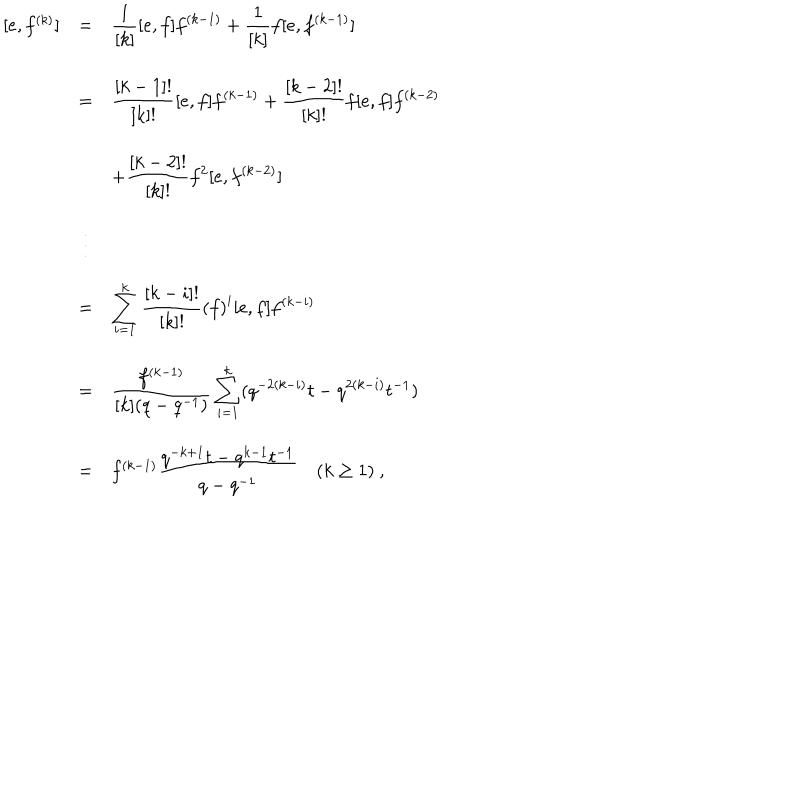
LaTeX: \begin{array} { r c l } { { [ e , f ^ { ( k ) } ] } } & { { = } } & { { \displaystyle \frac { 1 } { [ k ] } [ e , f ] f ^ { ( k - 1 ) } + \frac { 1 } { [ k ] } f [ e , f ^ { ( k - 1 ) } ] } } \\ { { } } & { { = } } & { { \displaystyle \frac { [ k - 1 ] ! } { [ k ] ! } [ e , f ] f ^ { ( k - 1 ) } + \frac { [ k - 2 ] ! } { [ k ] ! } f [ e , f ] f ^ { ( k - 2 ) } } } \\ { { } } & { { } } & { { \displaystyle + \frac { [ k - 2 ] ! } { [ k ] ! } f ^ { 2 } [ e , f ^ { ( k - 2 ) } ] } } \\ { { } } & { { \vdots } } & { { } } \\ { { } } & { { = } } & { { \displaystyle \sum _ { i = 1 } ^ { k } \frac { [ k - i ] ! } { [ k ] ! } \left( f \right) ^ { i } [ e , f ] f ^ { ( k - i ) } } } \\ { { } } & { { = } } & { { \displaystyle \frac { f ^ { ( k - 1 ) } } { [ k ] ( q - q ^ { - 1 } ) } \sum _ { i = 1 } ^ { k } ( q ^ { - 2 ( k - i ) } t - q ^ { 2 ( k - i ) } t ^ { - 1 } ) } } \\ { { } } & { { = } } & { { f ^ { ( k - 1 ) } \displaystyle \frac { q ^ { - k + 1 } t - q ^ { k - 1 } t ^ { - 1 } } { q - q ^ { - 1 } } ~ ( k \geq 1 ) ~ , } } \\ \end{array}